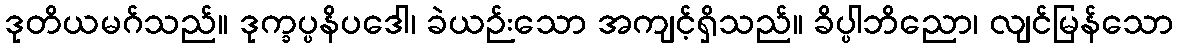
ဒုတိယမဂ်သည်။ ဒုက္ခပ္ပနိပဒေါ၊ ခဲယဉ်းသော အကျင့်ရှိသည်။ ခိပ္ပါဘိညော၊ လျင်မြန်သော